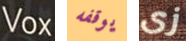
Vox يوقفه زى